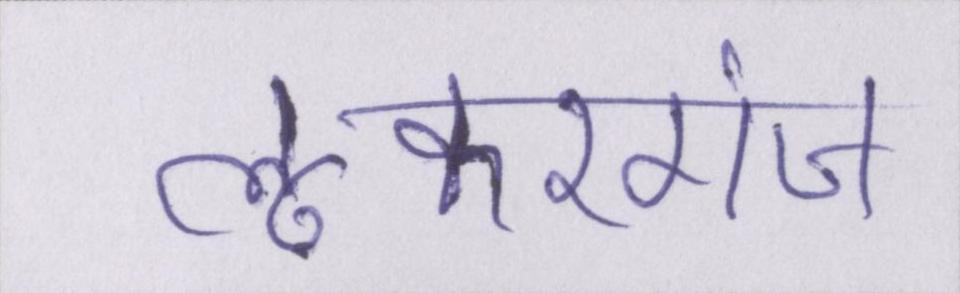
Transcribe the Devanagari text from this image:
लूकरगंज